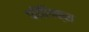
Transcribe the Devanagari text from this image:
फ़ीलिक्स